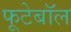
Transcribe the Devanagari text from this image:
फूटेबॉल